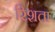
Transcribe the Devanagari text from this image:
रिशता